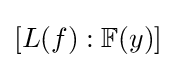
[L(f):\mathbb {F} (y)]